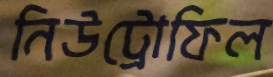
নিউট্রোফিল